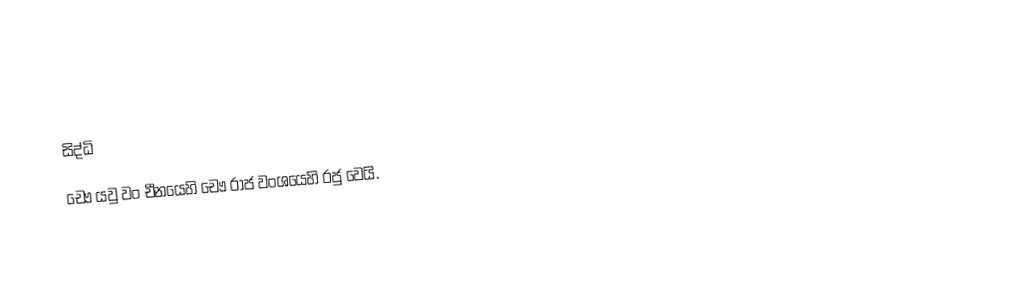

සිද්ධි
   චෞ යවු වං  චීනයෙහි චෞ රාජ වංශයෙහි  රජු වෙයි.